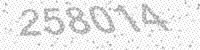
Solution: 258014